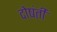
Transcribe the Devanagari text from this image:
दोषंती